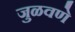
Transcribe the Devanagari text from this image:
जुळवणे